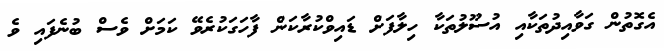
އެގޮތުން ގަވާއިދުތަކާއި އުސޫލުތަކާ ހިލާފަށް ޑައިވްކުރާކަން ފާހަގަކުރެވޭ ކަމަށް ވެސް ބުނެފައި ވެ